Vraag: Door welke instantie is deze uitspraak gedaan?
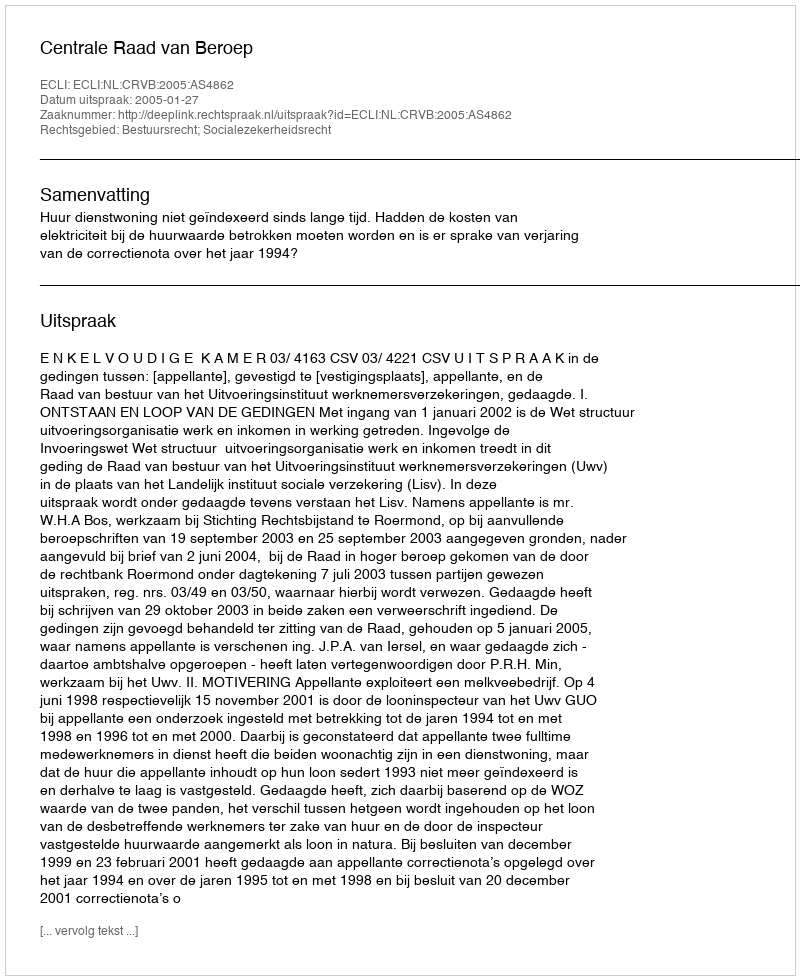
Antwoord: Centrale Raad van Beroep